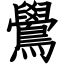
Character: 鷽